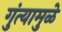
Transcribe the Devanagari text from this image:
गुंत्यामुळे